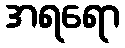
အရရော